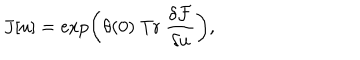
{ J } [ u ] = \exp \left( \theta ( 0 ) ~ \mathrm { T r } ~ \frac { \delta { \cal F } } { \delta { u } } \right) ,